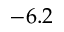
- 6 . 2